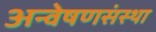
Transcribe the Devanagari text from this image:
अन्वेषणसंस्था